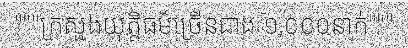
"""ក្រសួងយុត្តិធម៌ច្រើនជាង ១,០០០នាក់"""